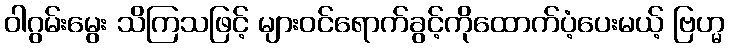
ဝါဂွမ်းမွေး သိကြသဖြင့် များဝင်ရောက်ခွင့်ကိုထောက်ပံ့ပေးမယ့် ဗြဟ္မ